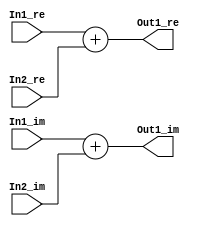
// -------------------------------------------------------------
// 
// 
// Generated by MATLAB 9.8 and HDL Coder 3.16
// 
// -------------------------------------------------------------


// -------------------------------------------------------------
// 
// Module: Complex_Sum3_block22
// Source Path: newhope_cambios/FDHT/DFT_2/DFT10 - block_2/DFT5-row 2/DFT5-4/Complex-Sum3
// Hierarchy Level: 5
// 
// -------------------------------------------------------------

`timescale 1 ns / 1 ns

module Complex_Sum3_block22
          (In1_re,
           In1_im,
           In2_re,
           In2_im,
           Out1_re,
           Out1_im);


  input   signed [36:0] In1_re;  // sfix37_En22
  input   signed [36:0] In1_im;  // sfix37_En22
  input   signed [36:0] In2_re;  // sfix37_En22
  input   signed [36:0] In2_im;  // sfix37_En22
  output  signed [36:0] Out1_re;  // sfix37_En22
  output  signed [36:0] Out1_im;  // sfix37_En22


  wire signed [36:0] Sum_out1;  // sfix37_En22
  wire signed [36:0] Sum1_out1;  // sfix37_En22


  assign Sum_out1 = In1_re + In2_re;



  assign Out1_re = Sum_out1;

  assign Sum1_out1 = In1_im + In2_im;



  assign Out1_im = Sum1_out1;

endmodule  // Complex_Sum3_block22